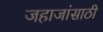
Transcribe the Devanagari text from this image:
जहाजांसाठी